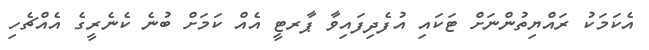
އެކަމަކު ރައްޔިތުންނަށް ޓަކައި އުފެދިފަައިވާ ޕާރޓީ އެއް ކަމަށް ބުނެ ކެނެރީގެ އެއްޗެހި